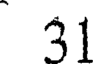
31